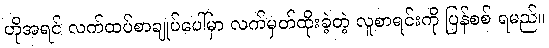
ဟိုအရင် လက်ထပ်စာချုပ်ပေါ်မှာ လက်မှတ်ထိုးခဲ့တဲ့ လူစာရင်းကို ပြန်စစ် ရမည်။